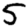
Digit: 5